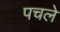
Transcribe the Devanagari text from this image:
पचले